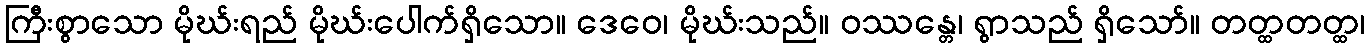
ကြီးစွာသော မိုဃ်းရည် မိုဃ်းပေါက်ရှိသော။ ဒေဝေ၊ မိုဃ်းသည်။ ဝဿန္တေ၊ ရွာသည် ရှိသော်။ တတ္ထတတ္ထ၊